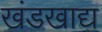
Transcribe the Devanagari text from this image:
खंडखाद्य